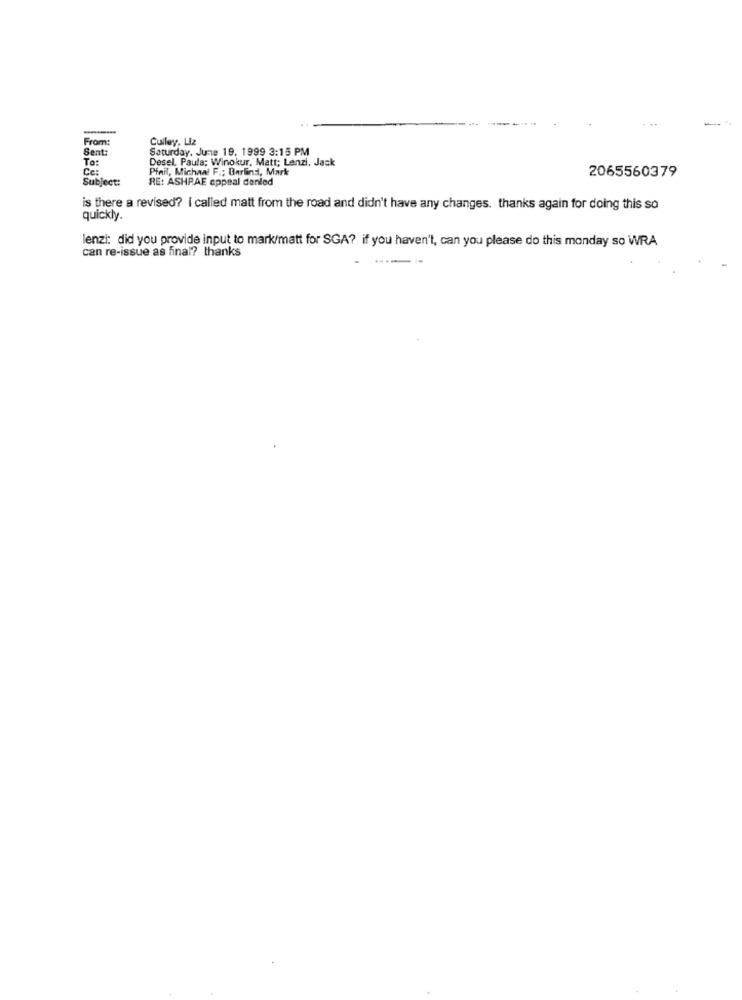
From:
Culley, Liz
Sent
Saturday, June 19, 1999 3:15 PM
To:
Desel, Paula: Winokur, Matt; Lenzi. Jack
Ce:
Pinil, Michael F .; Barlind, Mark
2065560379
Subject:
RE: ASHRAE appeal danled
is there a revised? I called matt from the road and didn't have any changes. thanks again for doing this so
quickly.
lenzi: did you provide input to mark/matt for SGA? if you haven't, can you please do this monday so WRA
can re-issue as final? thanks